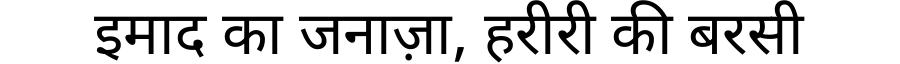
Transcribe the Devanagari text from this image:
इमाद का जनाज़ा, हरीरी की बरसी